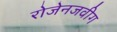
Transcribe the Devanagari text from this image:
रोजेनजवीग